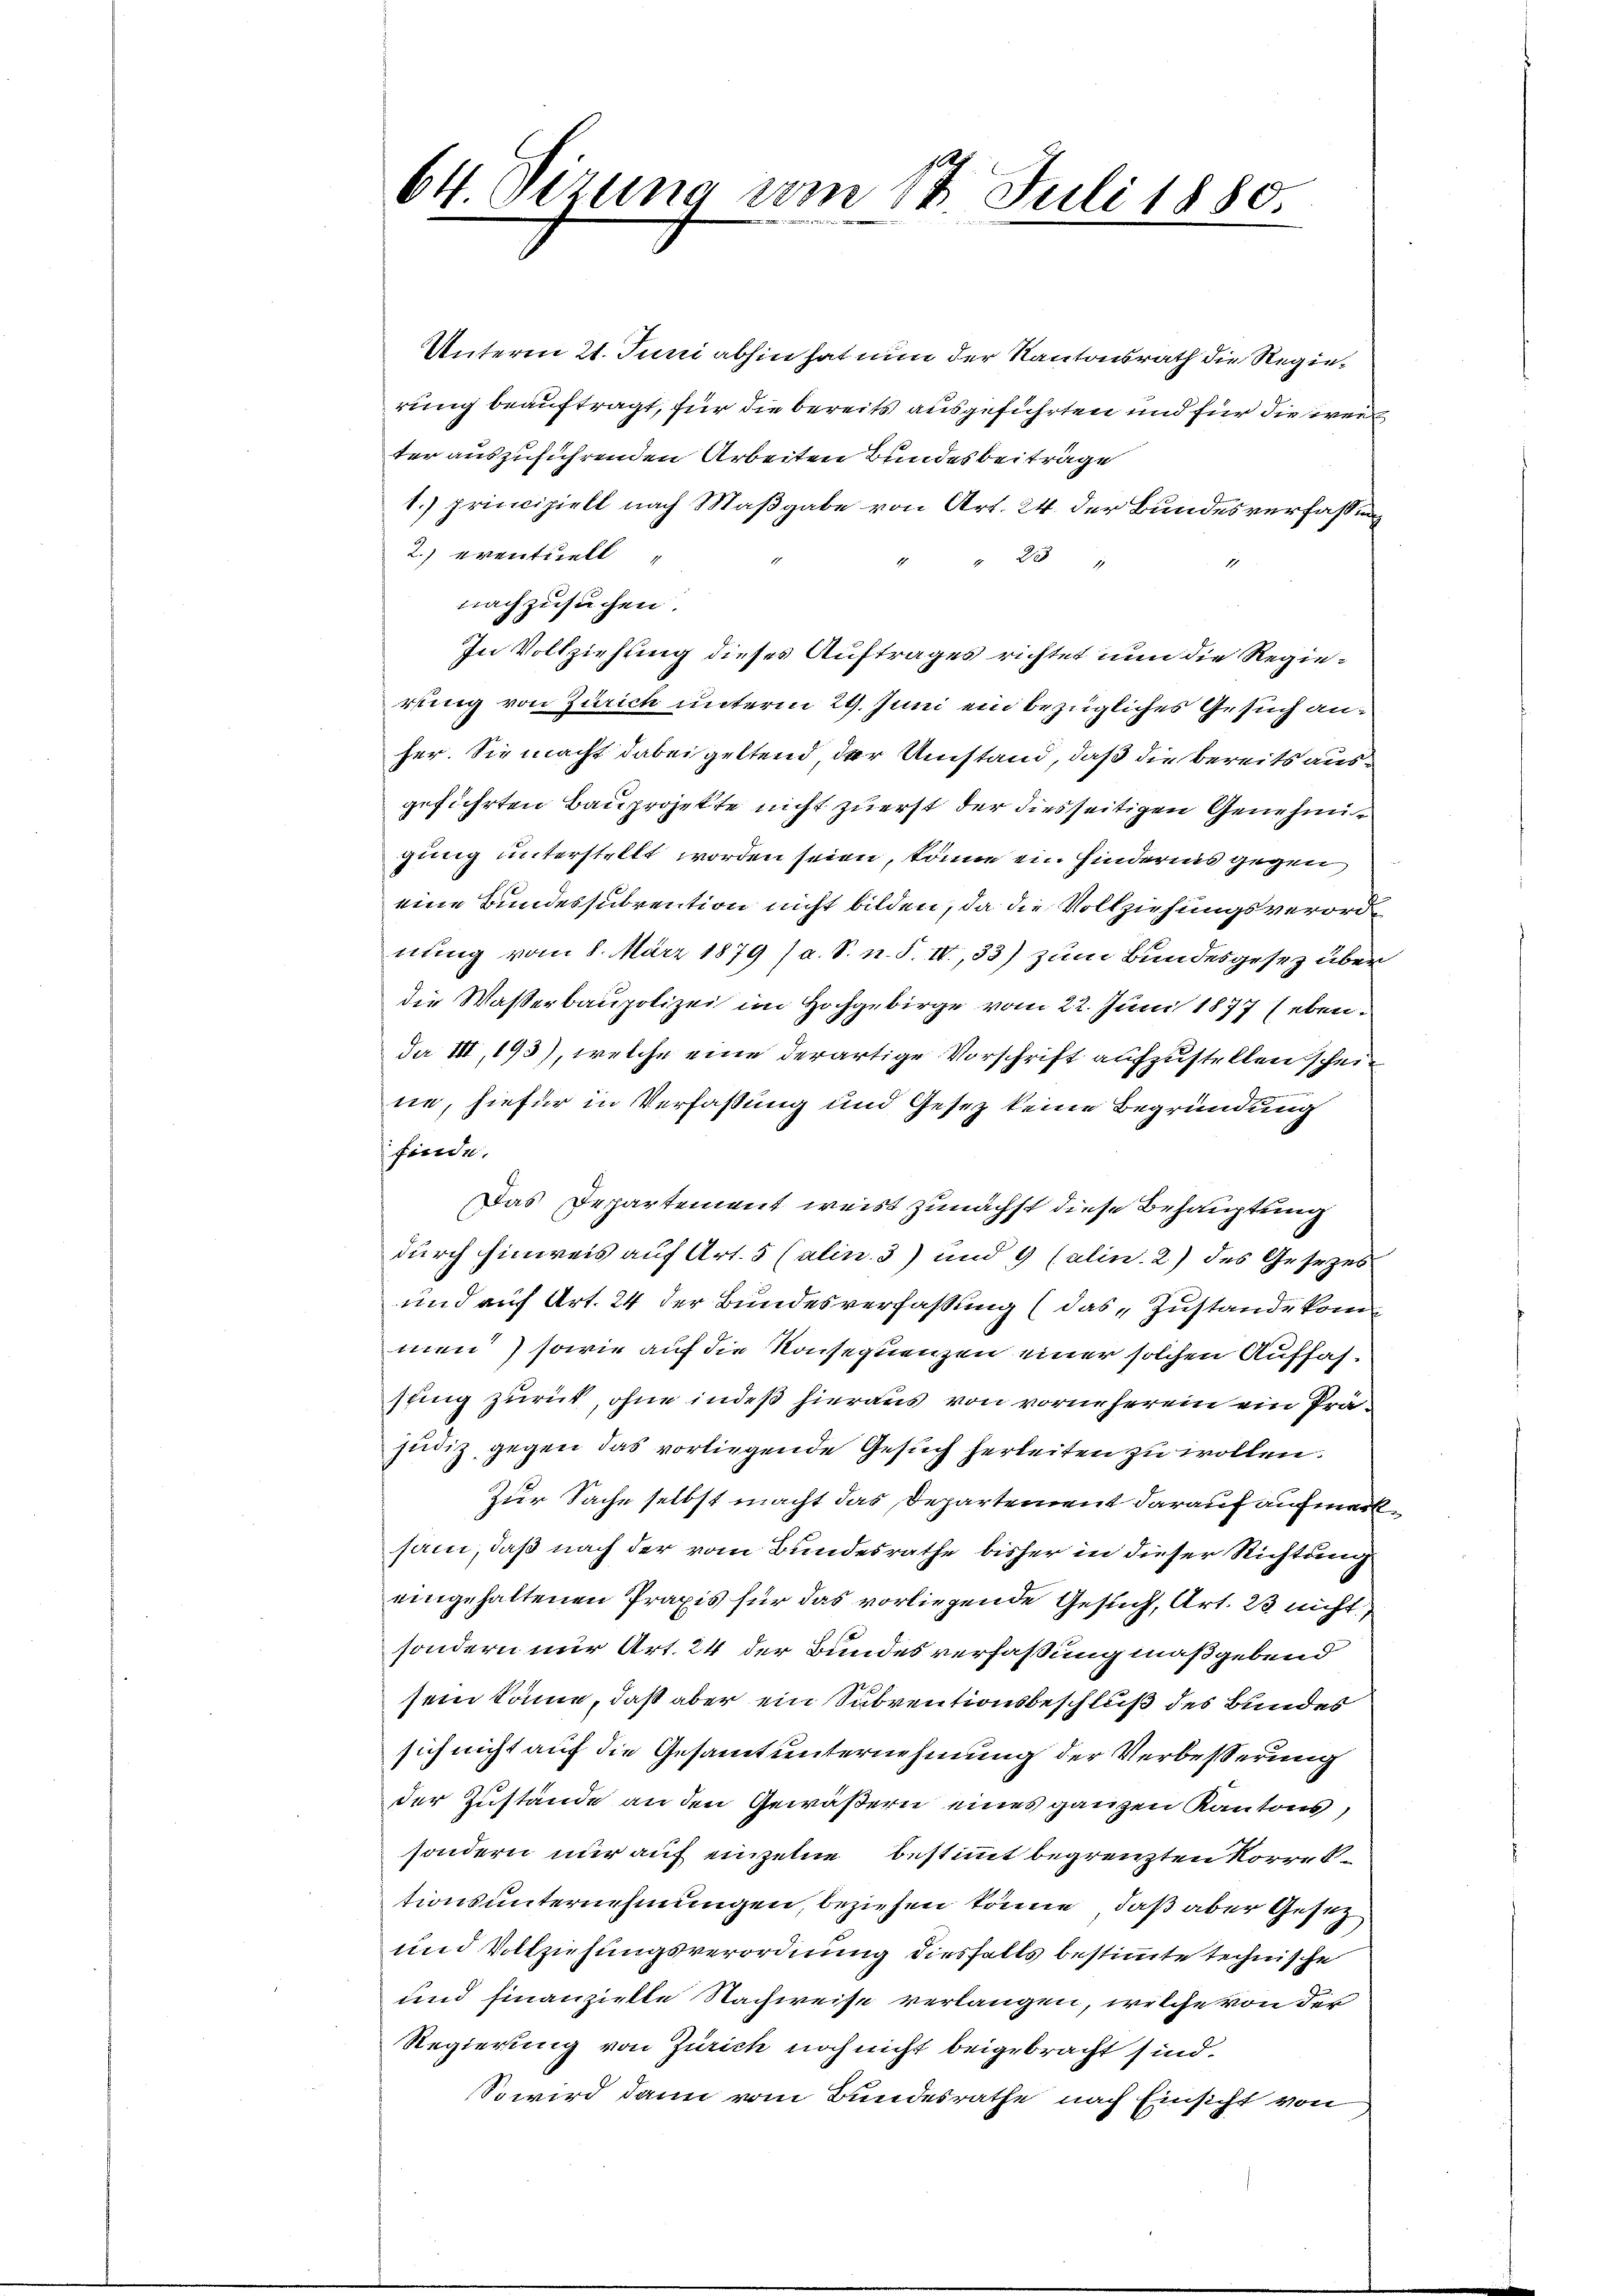
Unterm 21. Juni abhin hat nun der Kantonsrath die Regierung beauftragt, für die bereits ausgeführten und für die wei
ter auszuführenden Arbeiten Bundesbeiträge
1.) Principiell nach Maßgabe von Art. 24. der Bundesverfassung
2.) eventuell
" 231
nachzusuchen.
In Vollziehung dieses Auftrages richtet nun die Regierung von Zürich unterm 29. Juni ein bezügliches Gesuch anher. Sie macht dabei geltend der Umstand, daß die bereits ausgeführten Bauprojekte nicht zuerst der diesseitigen Genehmigung unterstellt worden seien, könne ein Hinderes gegen
eine Bundessubvention nicht bilden, da die Vollziehungsverordnung vom 8. März 1879 (s. S. n. F. IV., 33) zum Bundesgesez über
die Wasserbaupolizei im Hochgebirge vom 22. Juni 1877 (ebenda III, 193), welche eine derartige Vorschrift aufzustellen schein
ne, hiefür in Verfassung und Gesetz keine Begründung
finde.
Das Departement weist zunächst diese Behauptung
durch hinweis auf Art. 5 (alin. 3) und 9 (alin. 2) des Gesezes
und auf Art. 24 der Bundesverfassung (das „Zustande kommen) sowie auf die Konsequenzen einer solchen Auffassung zurück, ohne indeß hieraus von vorneherein ein Präjudiz gegen das vorliegende Gesuch herleiten zu wollen.
Zur Sache selbst macht das Departement darauf aufmerksam, daß nach der vom Bundesrathe bisher in dieser Richtung
eingehaltenen Praxis für das vorliegende Gesuch, Art. 23 nicht,
sondern nur Art. 24 der Bundesverfaßung maßgebend
sein könne, daß aber ein Subventionsbeschluß des Bundes
sich nicht auf die Gesammt unternehmung der Verbesserung
der Zustände an den Gewäßern eines ganzen Kantons,
sondern nur auf einzelne bestimmt begrenzten Korrektionsunternehmungen, beziehen könne, daß aber Gesetz
und Vollziehungsverordnung diesfalls bestimmte technische
und finanzielte Nachweise verlangen, welche von der
Regierung von Zürich noch nicht beigebracht sind.
So wird dann vom Bundesrathe nach Einsicht von

64. Sizung vom 17. Juli 1880.